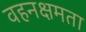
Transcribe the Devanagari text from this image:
वहनक्षमता